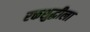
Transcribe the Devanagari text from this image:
रक्तशुद्धीला